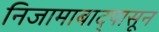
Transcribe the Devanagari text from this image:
निजामाबाद्पासून